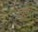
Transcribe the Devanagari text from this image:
दुइए